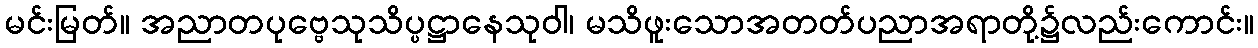
မင်းမြတ်။ အညာတပုဗ္ဗေသုသိပ္ပဋ္ဌာနေသုဝါ၊ မသိဖူးသောအတတ်ပညာအရာတို့၌လည်းကောင်း။